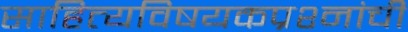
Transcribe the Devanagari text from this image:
साहित्यविषयकप्रश्नांची